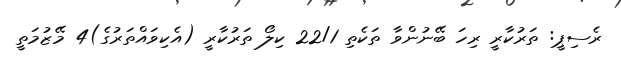
ރެސިޕީ: ތަރުކާރީ ރިހަ ބޭނުންވާ ތަކެތި 22/1 ކިލޯ ތަރުކާރީ (އެކިވައްތަރުގެ)4 މޭޒުމަތީ